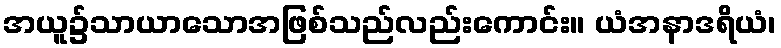
အယူ၌သာယာသောအဖြစ်သည်လည်းကောင်း။ ယံအနာဒရိယံ၊